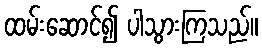
ထမ်းဆောင်၍ ပါသွားကြသည်။